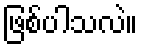
ဖြစ်ပါသလဲ။